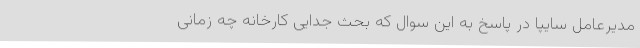
مدیرعامل سایپا در پاسخ به این سوال که بحث‌ جدایی کارخانه چه زمانی